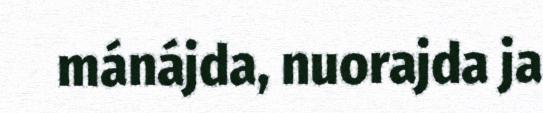
mánájda, nuorajda ja